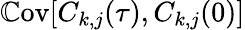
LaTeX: \mathbb{C}\textrm{ov}[C_{k,j}(\tau),C_{k,j}(0)]